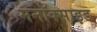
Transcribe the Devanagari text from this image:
मनॉक्साइड